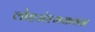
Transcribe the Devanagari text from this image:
लोहसंश्मकवन